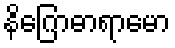
နိဂြောဓာရာမော